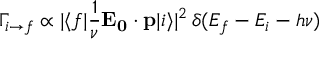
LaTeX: \Gamma _ { i \to f } \propto | \langle f | { \frac { 1 } { \nu } } \mathbf { E _ { 0 } } \cdot \mathbf { p } | i \rangle | ^ { 2 } \, \delta ( E _ { f } - E _ { i } - h \nu )